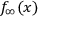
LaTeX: f _ { \infty } ( x )